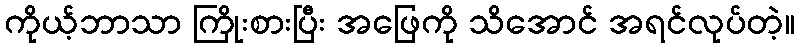
ကိုယ့်ဘာသာ ကြိုးစားပြီး အဖြေကို သိအောင် အရင်လုပ်တဲ့။